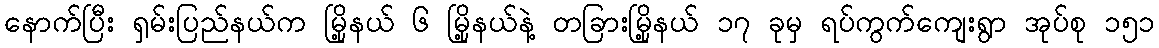
နောက်ပြီး ရှမ်းပြည်နယ်က မြို့နယ် ၆ မြို့နယ်နဲ့ တခြားမြို့နယ် ၁၇ ခုမှ ရပ်ကွက်ကျေးရွာ အုပ်စု ၁၅၁